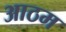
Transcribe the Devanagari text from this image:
आठम